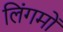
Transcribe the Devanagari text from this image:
लिंगमों